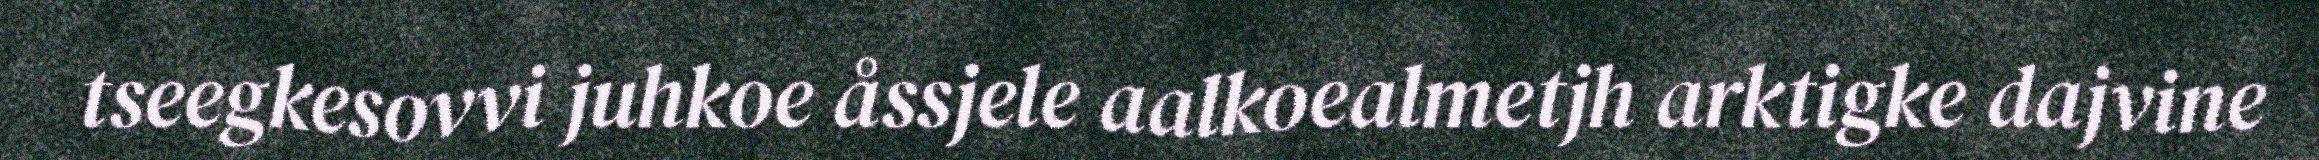
tseegkesovvi juhkoe åssjele aalkoealmetjh arktigke dajvine